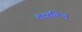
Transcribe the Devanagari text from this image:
तक्षकिन्